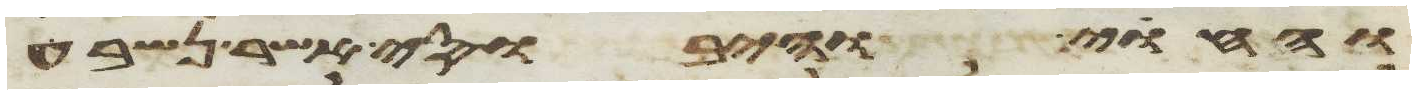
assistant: והחוי והיבוסי אשר נשבע